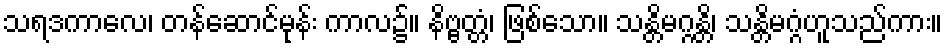
သရဒကာလေ၊ တန်ဆောင်မုန်း ကာလ၌။ နိဗ္ဗတ္တံ၊ ဖြစ်သော။ သန္တိမဂ္ဂန္တိ၊ သန္တိမဂ္ဂံဟူသည်ကား။